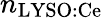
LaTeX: n_{\textrm{LYSO:Ce}}